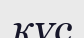
кұс